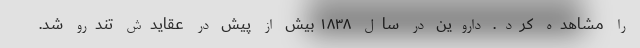
را مشاهده کرد. داروین در سال ۱۸۳۸ بیش از پیش در عقایدش تندرو شد.